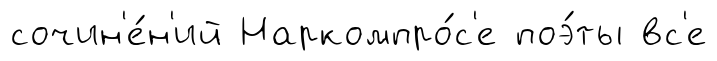
сочин'е́н'ий Наркомпро́с'е поэ́ты вс'е